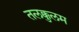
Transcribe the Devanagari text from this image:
तलक्कुलम